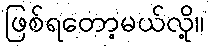
ဖြစ်ရတော့မယ်လို့။